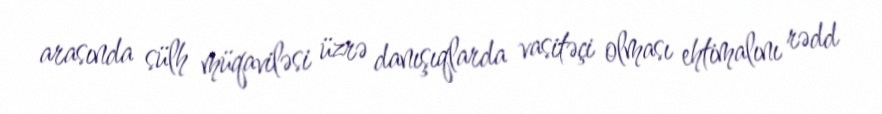
arasında sülh müqaviləsi üzrə danışıqlarda vasitəçi olması ehtimalını rədd